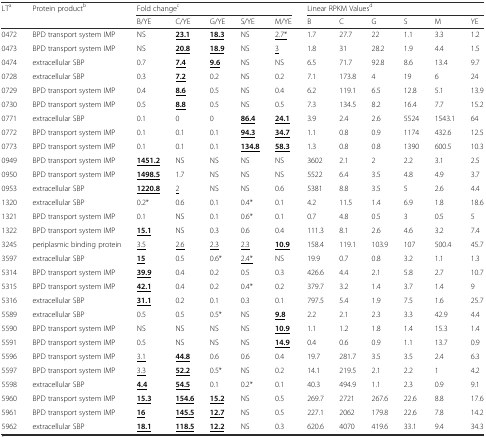
<table><thead><tr><td rowspan="2"><b>LT<sup>a</sup></b></td><td rowspan="2"><b>Protein product<sup>b</sup></b></td><td colspan="5"><b>Fold change<sup>c</sup></b></td><td colspan="6"><b>Linear RPKM Values<sup>d</sup></b></td></tr><tr><td><b>B/YE</b></td><td><b>C/YE</b></td><td><b>G/YE</b></td><td><b>S/YE</b></td><td><b>M/YE</b></td><td><b>B</b></td><td><b>C</b></td><td><b>G</b></td><td><b>S</b></td><td><b>M</b></td><td><b>YE</b></td></tr></thead><tbody><tr><td>0472</td><td>BPD transport system IMP</td><td>NS</td><td><b><underline>23.1</underline></b></td><td><b><underline>18.3</underline></b></td><td>NS</td><td><underline>2.7*</underline></td><td>1.7</td><td>27.7</td><td>22</td><td>1.1</td><td>3.3</td><td>1.2</td></tr><tr><td>0473</td><td>BPD transport system IMP</td><td>NS</td><td><b><underline>20.8</underline></b></td><td><b><underline>18.9</underline></b></td><td>NS</td><td><underline>3</underline></td><td>1.8</td><td>31</td><td>28.2</td><td>1.9</td><td>4.4</td><td>1.5</td></tr><tr><td>0474</td><td>extracellular SBP</td><td>0.7</td><td><b><underline>7.4</underline></b></td><td><b><underline>9.6</underline></b></td><td>NS</td><td>NS</td><td>6.5</td><td>71.7</td><td>92.8</td><td>8.6</td><td>13.4</td><td>9.7</td></tr><tr><td>0728</td><td>extracellular SBP</td><td>0.3</td><td><b><underline>7.2</underline></b></td><td>0.2</td><td>NS</td><td>0.2</td><td>7.1</td><td>173.8</td><td>4</td><td>19</td><td>6</td><td>24</td></tr><tr><td>0729</td><td>BPD transport system IMP</td><td>0.4</td><td><b><underline>8.6</underline></b></td><td>0.5</td><td>NS</td><td>0.4</td><td>6.2</td><td>119.1</td><td>6.5</td><td>12.8</td><td>5.1</td><td>13.9</td></tr><tr><td>0730</td><td>BPD transport system IMP</td><td>0.5</td><td><b><underline>8.8</underline></b></td><td>0.5</td><td>NS</td><td>0.5</td><td>7.3</td><td>134.5</td><td>8.2</td><td>16.4</td><td>7.7</td><td>15.2</td></tr><tr><td>0771</td><td>extracellular SBP</td><td>0.1</td><td>0</td><td>0</td><td><b><underline>86.4</underline></b></td><td><b><underline>24.1</underline></b></td><td>3.9</td><td>2.4</td><td>2.6</td><td>5524</td><td>1543.1</td><td>64</td></tr><tr><td>0772</td><td>BPD transport system IMP</td><td>0.1</td><td>0.1</td><td>0.1</td><td><b><underline>94.3</underline></b></td><td><b><underline>34.7</underline></b></td><td>1.1</td><td>0.8</td><td>0.9</td><td>1174</td><td>432.6</td><td>12.5</td></tr><tr><td>0773</td><td>BPD transport system IMP</td><td>0.1</td><td>0.1</td><td>0.1</td><td><b><underline>134.8</underline></b></td><td><b><underline>58.3</underline></b></td><td>1.3</td><td>0.8</td><td>0.8</td><td>1390</td><td>600.5</td><td>10.3</td></tr><tr><td>0949</td><td>BPD transport system IMP</td><td><b><underline>1451.2</underline></b></td><td>NS</td><td>NS</td><td>NS</td><td>NS</td><td>3602</td><td>2.1</td><td>2</td><td>2.2</td><td>3.1</td><td>2.5</td></tr><tr><td>0950</td><td>BPD transport system IMP</td><td><b><underline>1498.5</underline></b></td><td>1.7</td><td>NS</td><td>NS</td><td>NS</td><td>5522</td><td>6.4</td><td>3.5</td><td>4.8</td><td>4.9</td><td>3.7</td></tr><tr><td>0953</td><td>extracellular SBP</td><td><b><underline>1220.8</underline></b></td><td><underline>2</underline></td><td>NS</td><td>NS</td><td>0.6</td><td>5381</td><td>8.8</td><td>3.5</td><td>5</td><td>2.6</td><td>4.4</td></tr><tr><td>1320</td><td>extracellular SBP</td><td>0.2*</td><td>0.6</td><td>0.1</td><td>0.4*</td><td>0.1</td><td>4.2</td><td>11.5</td><td>1.4</td><td>6.9</td><td>1.8</td><td>18.6</td></tr><tr><td>1321</td><td>BPD transport system IMP</td><td>0.1</td><td>NS</td><td>0.1</td><td>0.6*</td><td>0.1</td><td>0.7</td><td>4.8</td><td>0.5</td><td>3</td><td>0.5</td><td>5</td></tr><tr><td>1322</td><td>BPD transport system IMP</td><td><b><underline>15.1</underline></b></td><td>NS</td><td>0.3</td><td>0.6</td><td>0.4</td><td>111.3</td><td>8.1</td><td>2.6</td><td>4.6</td><td>3.2</td><td>7.4</td></tr><tr><td>3245</td><td>periplasmic binding protein</td><td><underline>3.5</underline></td><td><underline>2.6</underline></td><td><underline>2.3</underline></td><td><underline>2.3</underline></td><td><b><underline>10.9</underline></b></td><td>158.4</td><td>119.1</td><td>103.9</td><td>107</td><td>500.4</td><td>45.7</td></tr><tr><td>3597</td><td>extracellular SBP</td><td><b><underline>15</underline></b></td><td>0.5</td><td>0.6*</td><td><underline>2.4*</underline></td><td>NS</td><td>19.9</td><td>0.7</td><td>0.8</td><td>3.2</td><td>1.1</td><td>1.3</td></tr><tr><td>5314</td><td>BPD transport system IMP</td><td><b><underline>39.9</underline></b></td><td>0.4</td><td>0.2</td><td>0.5</td><td>0.3</td><td>426.6</td><td>4.4</td><td>2.1</td><td>5.8</td><td>2.7</td><td>10.7</td></tr><tr><td>5315</td><td>BPD transport system IMP</td><td><b><underline>42.1</underline></b></td><td>0.4</td><td>0.2</td><td>0.4*</td><td>0.2</td><td>379.7</td><td>3.2</td><td>1.4</td><td>3.7</td><td>1.4</td><td>9</td></tr><tr><td>5316</td><td>extracellular SBP</td><td><b><underline>31.1</underline></b></td><td>0.2</td><td>0.1</td><td>0.3</td><td>0.1</td><td>797.5</td><td>5.4</td><td>1.9</td><td>7.5</td><td>1.6</td><td>25.7</td></tr><tr><td>5589</td><td>extracellular SBP</td><td>0.5</td><td>0.5</td><td>0.5*</td><td>NS</td><td><b><underline>9.8</underline></b></td><td>2.2</td><td>2.1</td><td>2.3</td><td>3.3</td><td>42.9</td><td>4.4</td></tr><tr><td>5590</td><td>BPD transport system IMP</td><td>NS</td><td>NS</td><td>NS</td><td>NS</td><td><b><underline>10.9</underline></b></td><td>1.1</td><td>1.2</td><td>1.8</td><td>1.4</td><td>15.3</td><td>1.4</td></tr><tr><td>5591</td><td>BPD transport system IMP</td><td>0.5</td><td>NS</td><td>NS</td><td>NS</td><td><b><underline>14.9</underline></b></td><td>0.4</td><td>0.6</td><td>0.9</td><td>1.1</td><td>13.7</td><td>0.9</td></tr><tr><td>5596</td><td>BPD transport system IMP</td><td><underline>3.1</underline></td><td><b><underline>44.8</underline></b></td><td>0.6</td><td>0.6</td><td>0.4</td><td>19.7</td><td>281.7</td><td>3.5</td><td>3.5</td><td>2.4</td><td>6.3</td></tr><tr><td>5597</td><td>BPD transport system IMP</td><td><underline>3.3</underline></td><td><b><underline>52.2</underline></b></td><td>0.5*</td><td>NS</td><td>0.2</td><td>14.1</td><td>219.5</td><td>2.1</td><td>2.2</td><td>1</td><td>4.2</td></tr><tr><td>5598</td><td>extracellular SBP</td><td><b><underline>4.4</underline></b></td><td><b><underline>54.5</underline></b></td><td>0.1</td><td>0.2*</td><td>0.1</td><td>40.3</td><td>494.9</td><td>1.1</td><td>2.3</td><td>0.9</td><td>9.1</td></tr><tr><td>5960</td><td>BPD transport system IMP</td><td><b><underline>15.3</underline></b></td><td><b><underline>154.6</underline></b></td><td><b><underline>15.2</underline></b></td><td>NS</td><td>0.5</td><td>269.7</td><td>2721</td><td>267.6</td><td>22.6</td><td>8.8</td><td>17.6</td></tr><tr><td>5961</td><td>BPD transport system IMP</td><td><b><underline>16</underline></b></td><td><b><underline>145.5</underline></b></td><td><b><underline>12.7</underline></b></td><td>NS</td><td>0.5</td><td>227.1</td><td>2062</td><td>179.8</td><td>22.6</td><td>7.8</td><td>14.2</td></tr><tr><td>5962</td><td>extracellular SBP</td><td><b><underline>18.1</underline></b></td><td><b><underline>118.5</underline></b></td><td><b><underline>12.2</underline></b></td><td>NS</td><td>0.3</td><td>620.6</td><td>4070</td><td>419.6</td><td>33.1</td><td>9.4</td><td>34.3</td></tr></tbody></table>